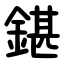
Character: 鍖